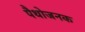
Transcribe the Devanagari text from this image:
पैथोजनक